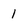
Character: 1